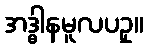
အဒ္ဓါနမူလပဥှ။